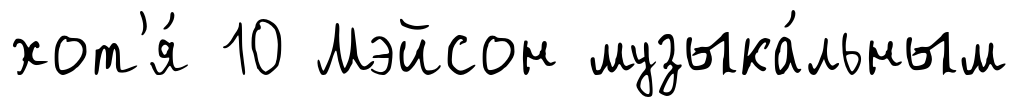
хот'я́ 10 Мэйсон музыка́льным